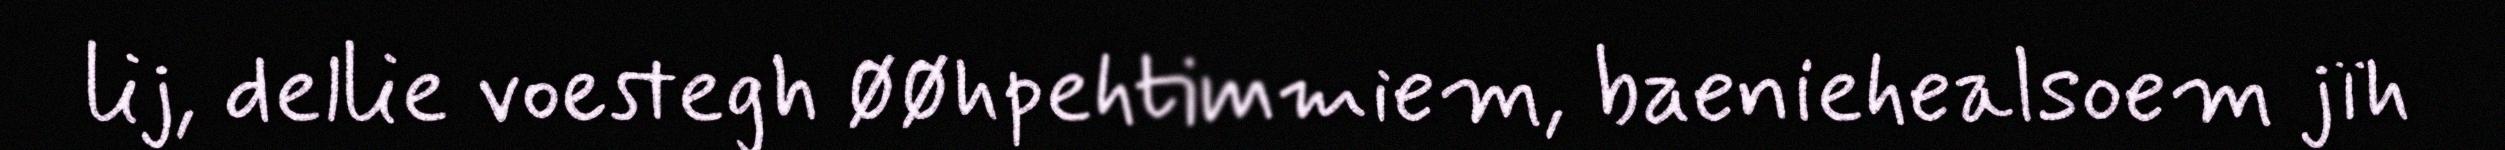
lij, dellie voestegh øøhpehtimmiem, baeniehealsoem jïh